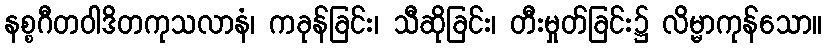
နစ္စဂီတဝါဒိတကုသလာနံ၊ ကခုန်ခြင်း၊ သီဆိုခြင်း၊ တီးမှုတ်ခြင်း၌ လိမ္မာကုန်သော။